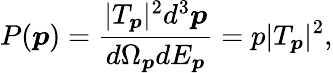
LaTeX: P(\boldsymbol{p})=\frac{|T_{\boldsymbol{p}}|^{2}d^{3}\boldsymbol{p}}{d\Omega_{\boldsymbol{p}}dE_{\boldsymbol{p}}}=p|T_{\boldsymbol{p}}|^{2},